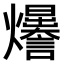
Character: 𤓊